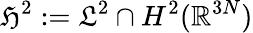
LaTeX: \mathfrak{H}^{2}:=\mathfrak{L}^{2}\cap H^{2}(\mathbb{R}^{3N})